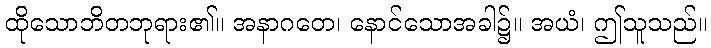
ထိုသောဘိတဘုရား၏။ အနာဂတေ၊ နောင်သောအခါ၌။ အယံ၊ ဤသူသည်။